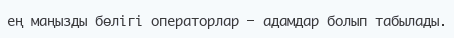
ең маңызды бөлігі операторлар — адамдар болып табылады.